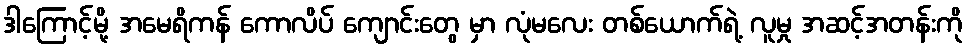
ဒါကြောင့်မို့ အမေရိကန် ကောလိပ် ကျောင်းတွေ မှာ လုံမလေး တစ်ယောက်ရဲ့ လူမှု အဆင့်အတန်းကို